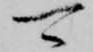
可